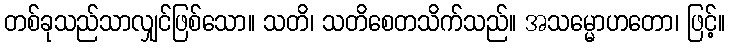
တစ်ခုသည်သာလျှင်ဖြစ်သော။ သတိ၊ သတိစေတသိက်သည်။ အသမ္မောဟတော၊ ဖြင့်။